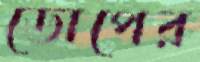
ডোপের